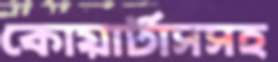
কোয়ার্টাসসহ